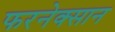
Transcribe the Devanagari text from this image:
फरनेक्सान